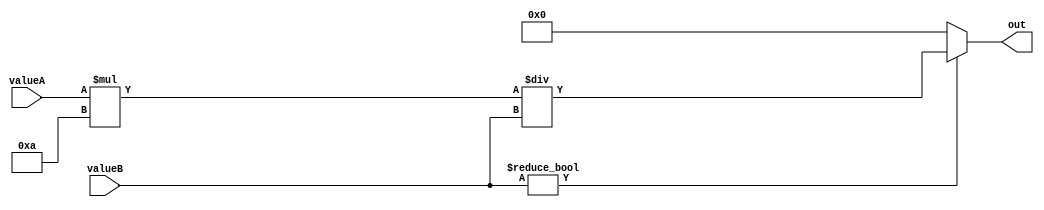
module divider(valueA,valueB,out);
	input[31:0] valueA,valueB;
	output [31:0] out;
	wire [31:0] numerator;
	
	assign numerator = valueA * 32'd10;
	
	assign out = (valueB != 32'b0) ? numerator/valueB : 32'b0;
	
	
	
endmodule